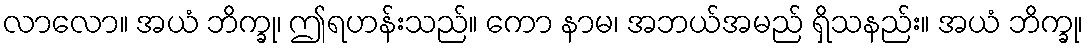
လာလော။ အယံ ဘိက္ခု၊ ဤရဟန်းသည်။ ကော နာမ၊ အဘယ်အမည် ရှိသနည်း။ အယံ ဘိက္ခု၊